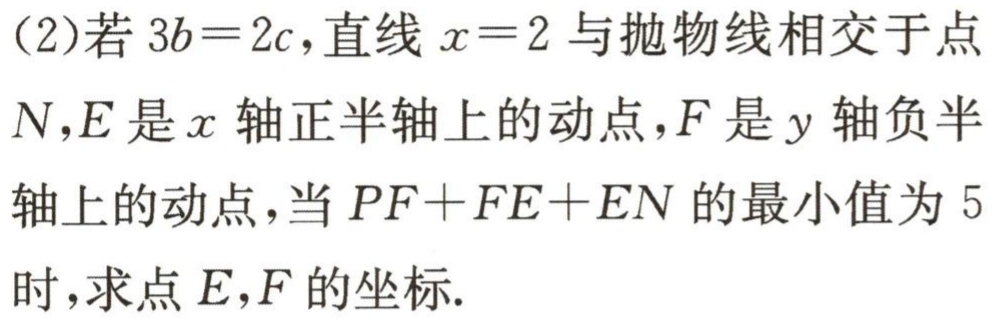
(2)若\(3b = 2c\)，直线\(x = 2\)与抛物线相交于点\(N\)，\(E\)是\(x\)轴正半轴上的动点，\(F\)是\(y\)轴负半轴上的动点，当\(PF + FE + EN\)的最小值为\(5\)时，求点\(E,F\)的坐标.